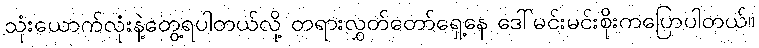
သုံးယောက်လုံးနဲ့တွေ့ရပါတယ်လို့ တရားလွှတ်တော်ရှေ့နေ ဒေါ်မင်းမင်းစိုးကပြောပါတယ်။